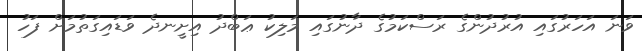
ވަނަ އަހަރުގައި އުރުދުންގެ ރަސްކަމުގެ ދާނުގައި މަލިކު ޢަބްދު އިށީނދެ ވަޑައިގަތުމަށް ފަހު